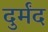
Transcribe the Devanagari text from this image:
दुर्मंद